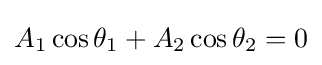
A_{1}\cos \theta _{1}+A_{2}\cos \theta _{2}=0